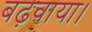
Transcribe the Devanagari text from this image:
बढ़वाया।